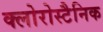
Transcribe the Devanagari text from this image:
क्लोरोस्टैनिक